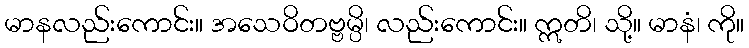
မာနလည်းကောင်း။ အသေဝိတဗ္ဗမ္ပိ၊ လည်းကောင်း။ ဣတိ၊ သို့။ မာနံ၊ ကို။